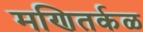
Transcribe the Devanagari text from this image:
मणितर्कळ